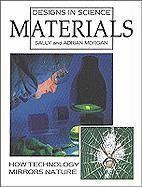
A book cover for Materials (Designs in Science); Sally Morgan; Children's Books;